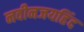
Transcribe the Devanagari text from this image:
नवीनजयहिंद